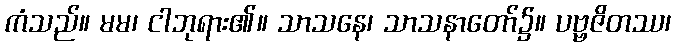
ကံသည်။ မမ၊ ငါဘုရား၏။ သာသနေ၊ သာသနာတော်၌။ ပဗ္ဗဇိတဿ၊